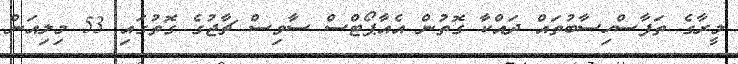
މީރާގެ ތަފާސްހިސާބުތައް ދައްކާ ގޮތުން އެއާޕޯޓްސް ސާވިސް ޗާޖުގެ ގޮތުގައި 53 މިލިއަން